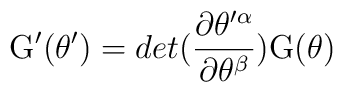
{\rm G}^\prime (\theta^\prime) =det({{\partial\theta^{\prime\alpha}}\over {\partial\theta^\beta}}){\rm G}(\theta)